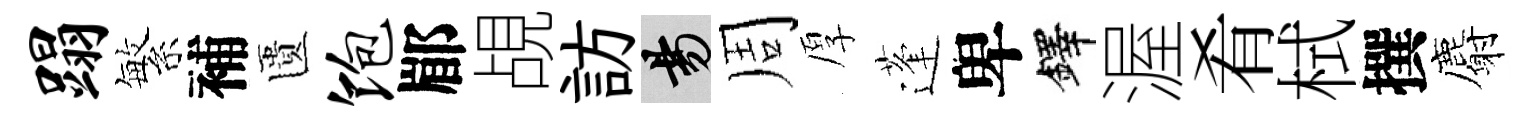
蹋繁補匱饱郿覘訪昜周厚蓬卑鐸渥肴栻撰麝